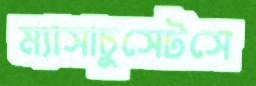
ম্যাসাচুসেটসে